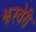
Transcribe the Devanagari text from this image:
झरवेरी